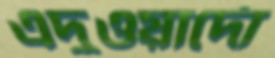
এদুওয়ার্দো